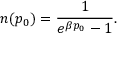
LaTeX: n ( p _ { 0 } ) = \frac { 1 } { e ^ { \beta p _ { 0 } } - 1 } .